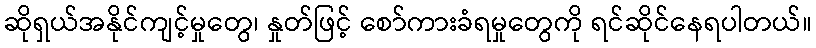
ဆိုရှယ်အနိုင်ကျင့်မှုတွေ၊ နှုတ်ဖြင့် စော်ကားခံရမှုတွေကို ရင်ဆိုင်နေရပါတယ်။